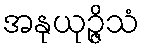
အနုယုဉ္ဇိသံ